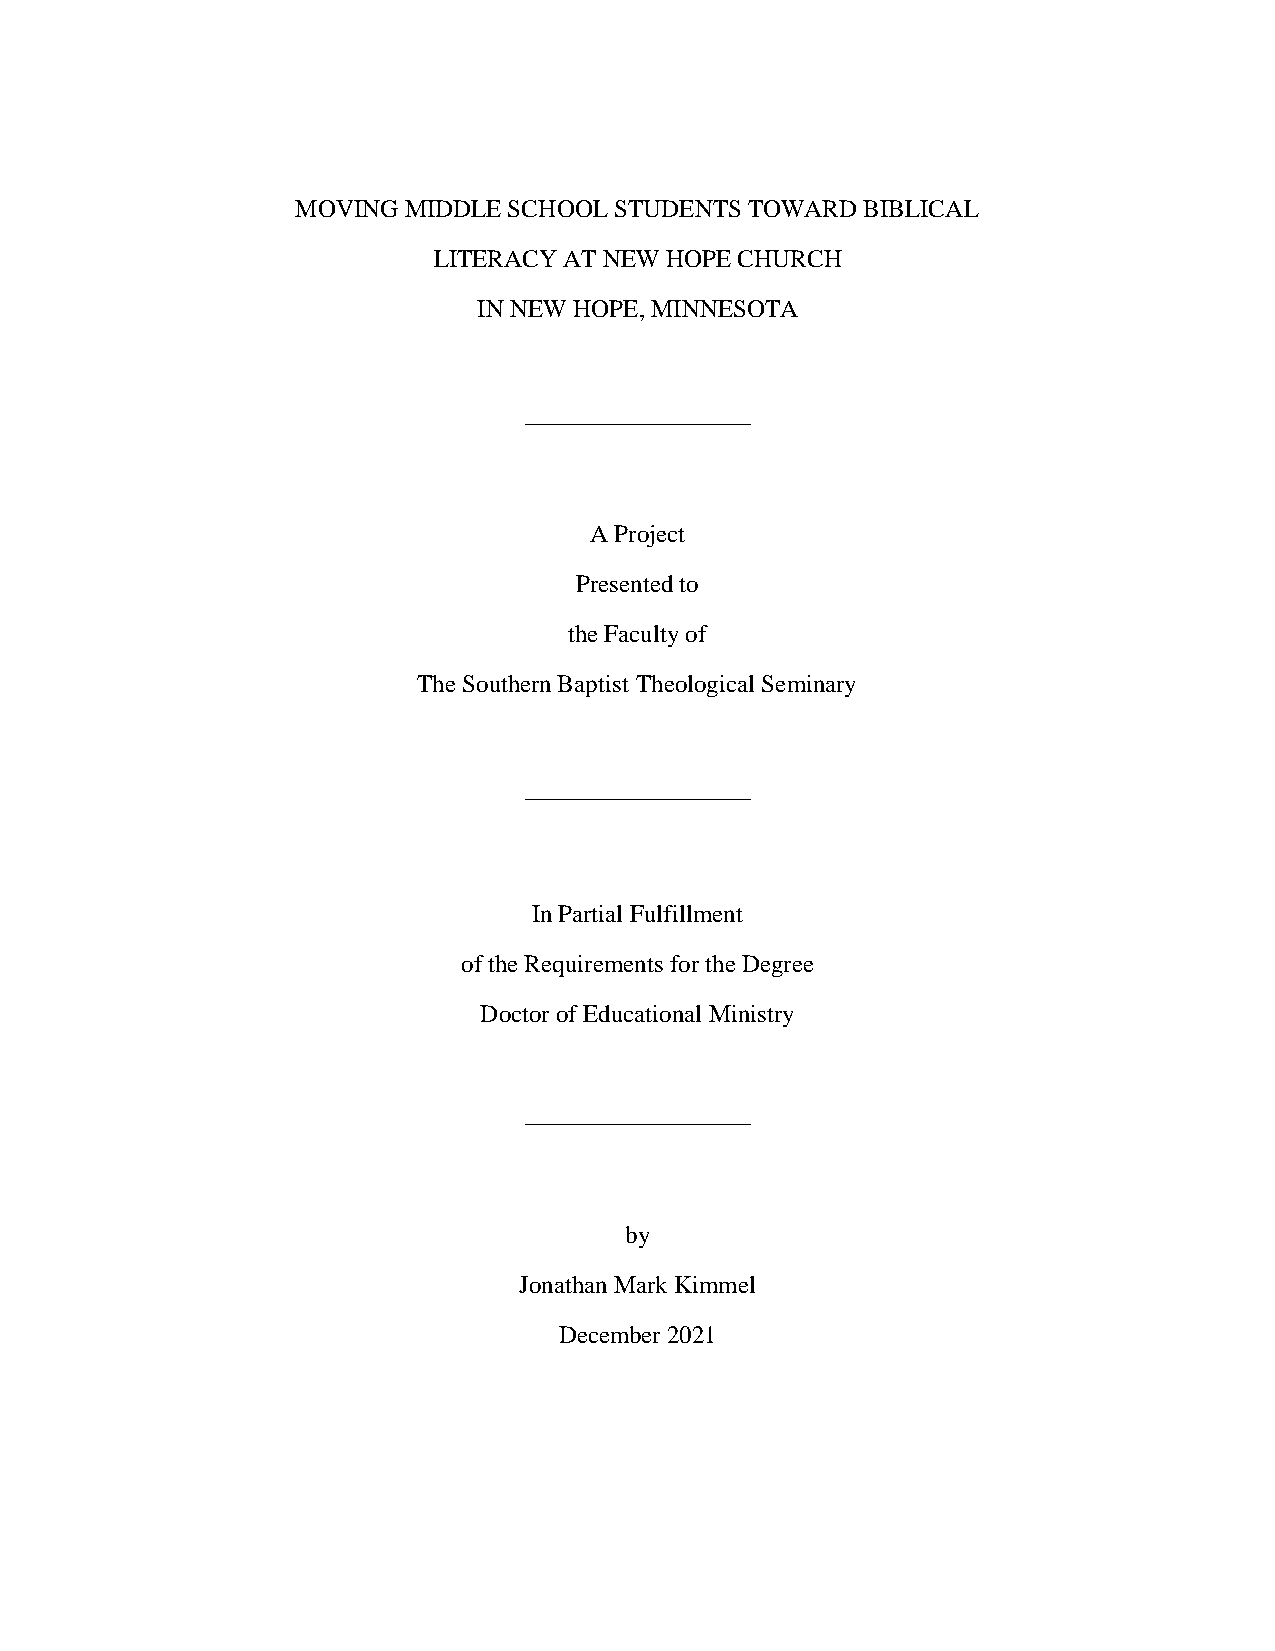
MOVING MIDDLE SCHOOL STUDENTS TOWARD BIBLICAL
 LITERACY AT NEW HOPE CHURCH
 IN NEW HOPE, MINNESOTA
 __________________
 A Project
 Presented to
 the Faculty of
 The Southern Baptist Theological Seminary
 __________________
 In Partial Fulfillment
 of the Requirements for the Degree
 Doctor of Educational Ministry
 __________________
 by
 Jonathan Mark Kimmel
 December 2021